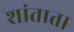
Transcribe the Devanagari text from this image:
शांताता